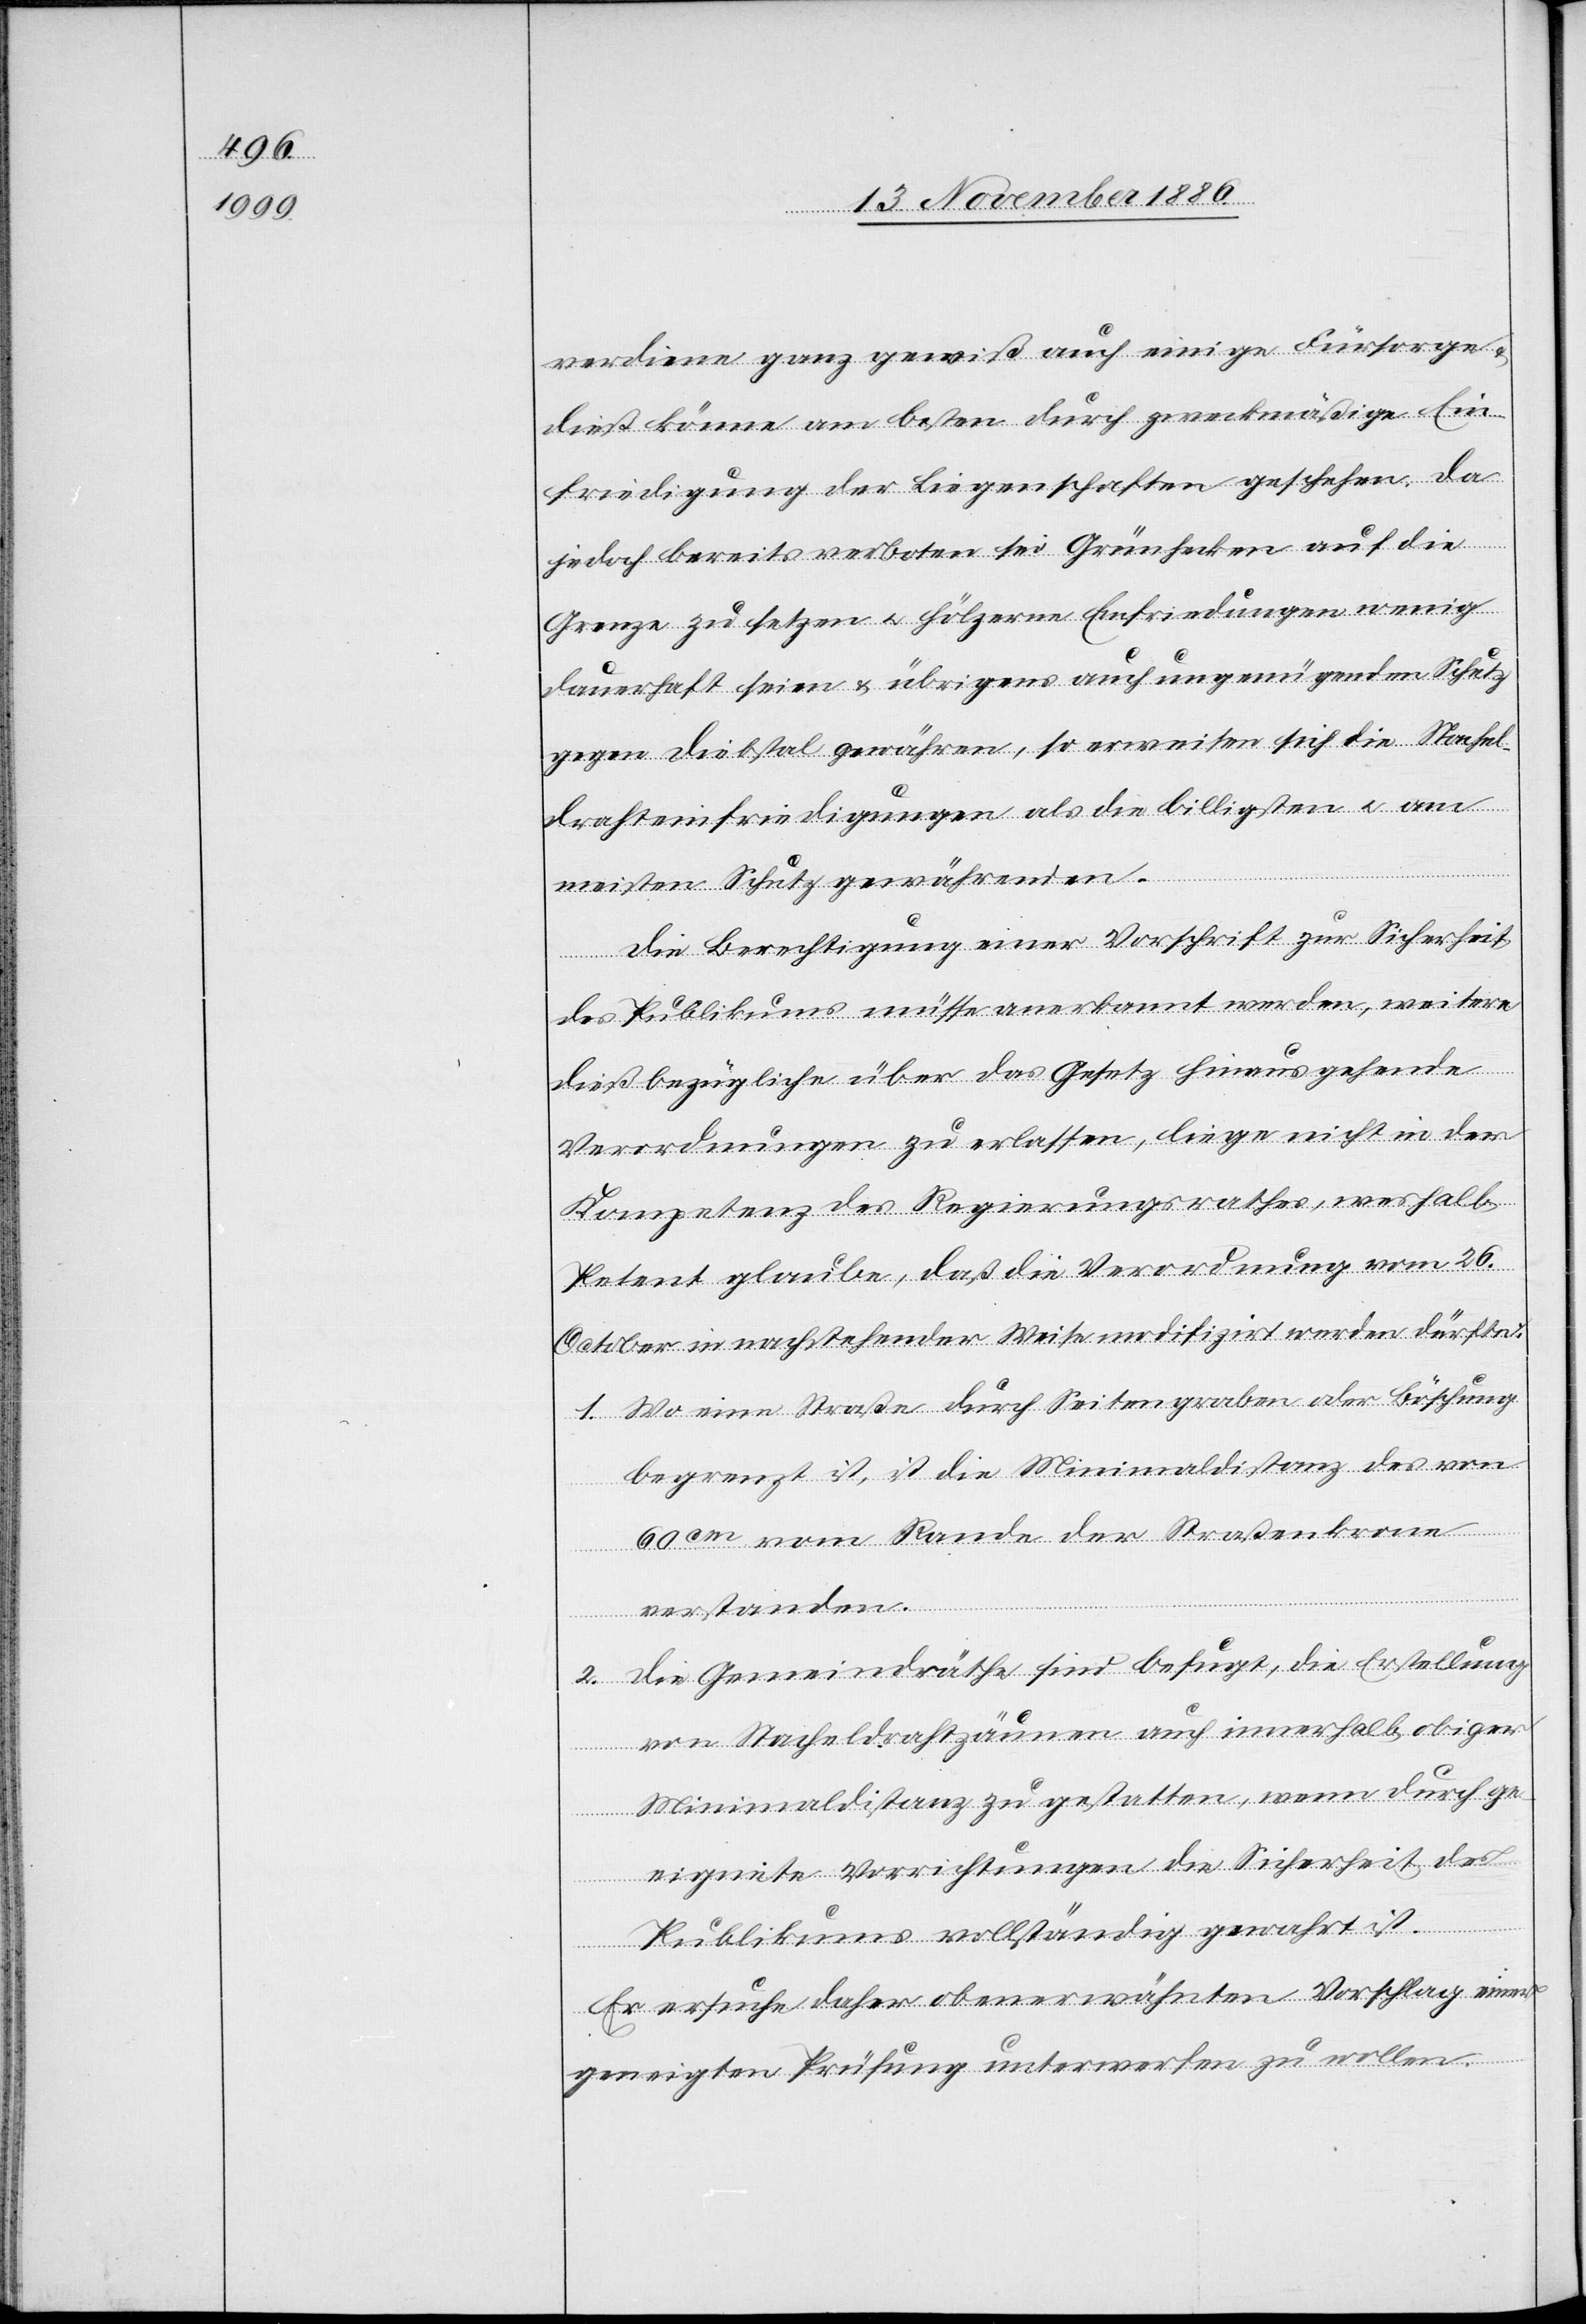
verdiene ganz gewiß auch einige Fürsorge
dieß könne am besten durch zweckmäßige Ein¬
friedigung der Liegenschaften geschehen. Da
jedoch bereits verboten sei Grünhecken auf die
Grenze zu setzen & hölzerne Einfriedungen wenig
dauerhaft seien & übrigens auch ungenügenden Schutz
gegen Diebstal gewähren, so erweisen sich die Stachel¬
drahteinfriedigungen als die billigsten & am
meisten Schutz gewährenden.
Die Berechtigung einer Vorschrift zur Sicherheit
des Publikums müsse anerkannt werden, weitere
dießbezügliche über das Gesetz hinausgehende
Verordnungen zu erlassen, liege nicht in der
Kompetenz des Regierungsrathes, weshalb
Petent glaube, daß die Verordnung vom 26.
October in nachstehender Weise modifizirt werden dürfte.
1. Wo eine Straße durch Seitengraben oder Böschung
begrenzt ist, ist die Minimaldistanz des von
60cm vom Rande der Straßenkrone
verstanden
2. Die Gemeindräthe sind befugt, die Erstellung
von Stacheldrahtzäunen auch innerhalb obiger
Minimaldistanz zu gestatten, wenn durch ge¬
eignete Vorrichtungen die Sicherheit des
Publikums vollständig gewahrt ist.
Er ersuche daher obenerwähnten Vorschlag einer
geneigten Prüfung unterwerfen zu wollen.